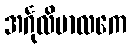
အင်္ဂုလိမာလကေ